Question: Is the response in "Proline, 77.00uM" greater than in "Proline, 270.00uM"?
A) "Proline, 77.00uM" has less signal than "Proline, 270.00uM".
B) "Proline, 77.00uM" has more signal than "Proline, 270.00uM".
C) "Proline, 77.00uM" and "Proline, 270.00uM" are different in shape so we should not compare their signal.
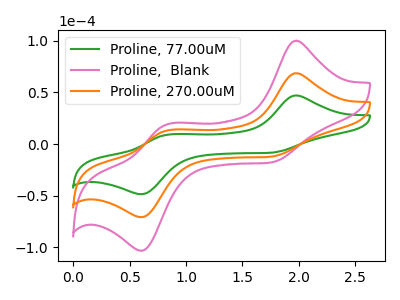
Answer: <think>The green curve "Proline, 77.00uM" has anodic peaks at (1.95V, 47.05uA) (0.85V, 8.95uA) and cathodic peaks at (1.75V, -8.45uA) (0.60V, -48.55uA). The pink curve "Proline,  Blank" has anodic peaks at (1.95V, 137.15uA) (0.85V, 26.05uA) and cathodic peaks at (1.75V, -24.70uA) (0.60V, -141.65uA). The orange curve "Proline, 270.00uM" has anodic peaks at (1.95V, 68.60uA) (0.85V, 13.05uA) and cathodic peaks at (1.75V, -12.35uA) (0.60V, -70.85uA).
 All the peaks in "Proline, 77.00uM" have a peak in "Proline, 270.00uM" at the same potential. Every peak in "Proline, 77.00uM" is lower than every peak in "Proline, 270.00uM".</think>
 <answer>A) "Proline, 77.00uM" has less signal than "Proline, 270.00uM".</answer>
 <eval>A</eval>